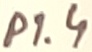
Text: P1.4